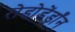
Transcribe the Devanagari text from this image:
रोडोडेंड्राँन